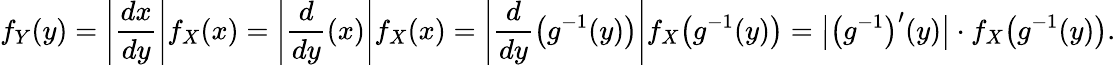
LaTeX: f_{Y}(y)=\left|{\frac{dx}{dy}}\right|f_{X}(x)=\left|{\frac{d}{dy}}(x)\right|f_{X}(x)=\left|{\frac{d}{dy}}{\big(}g^{-1}(y){\big)}\right|f_{X}{\big(}g^{-1}(y){\big)}={{\big|}{\big(}g^{-1}{\big)}^{\prime}(y){\big|}}\cdot f_{X}{\big(}g^{-1}(y){\big)}.